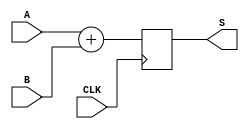
`timescale 1ns / 1ps

module ADDER(
    input CLK,
    input [7:0] A,
    input [7:0] B,
    output reg [8:0] S
    );
    
    always@ (posedge CLK) begin
        S = A+B;
    end
    
endmodule